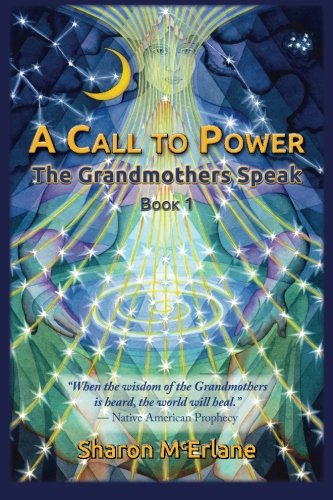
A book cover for A Call to Power: the Grandmothers Speak (Volume 1); Sharon McErlane; Parenting & Relationships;